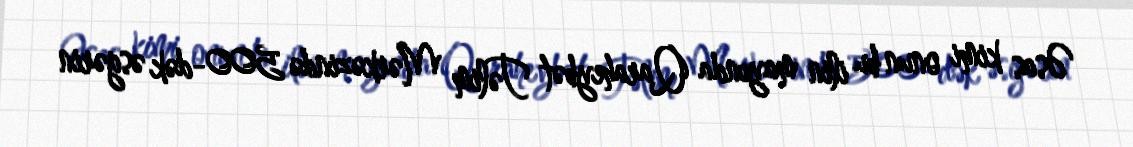
Əsas kimi onun bu ilin mayında Qaraheybət Təlim Mərkəzində 500-dək əsgərin